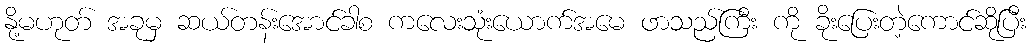
နို့မဟုတ် အခုမှ ဆယ်တန်းအောင်ခါစ ကလေးသုံးယောက်အမေ ဖာသည်ကြီး ကို ခိုးပြေးတဲ့ကောင်ဆိုပြီး